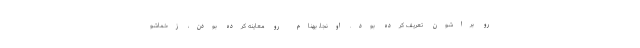
رو براشون تعريف كرده بود. اونجا، بهنام رو معاينه كرده بودن، زخماشو